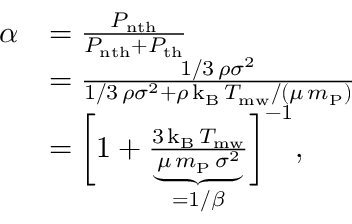
\begin{array} { r l } { \alpha } & { = \frac { P _ { \mathrm { n t h } } } { P _ { \mathrm { n t h } } + P _ { \mathrm { t h } } } } \\ & { = \frac { 1 / 3 \, \rho \sigma ^ { 2 } } { 1 / 3 \, \rho \sigma ^ { 2 } + \rho \, \mathrm { k _ { B } } \, T _ { \mathrm { m w } } / ( \mu \, m _ { \mathrm { P } } ) } } \\ & { = \biggl [ 1 + \underbrace { \frac { 3 \, \mathrm { k _ { B } } \, T _ { \mathrm { m w } } } { \mu \, m _ { \mathrm { P } } \, \sigma ^ { 2 } } } _ { = 1 / \beta } \biggr ] ^ { - 1 } , } \end{array}